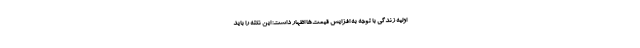
اولیه زندگی با توجه به افزایش قیمت‌ها اظهار داشت: این نکته را باید